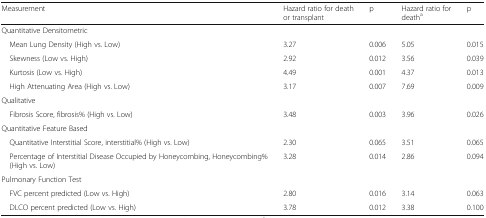
<table><thead><tr><td><b>Measurement</b></td><td><b>Hazard ratio for death or transplant</b></td><td><b>p</b></td><td><b>Hazard ratio for death<sup>a</sup></b></td><td><b>p</b></td></tr></thead><tbody><tr><td colspan="5">Quantitative Densitometric</td></tr><tr><td> Mean Lung Density (High vs. Low)</td><td>3.27</td><td>0.006</td><td>5.05</td><td>0.015</td></tr><tr><td> Skewness (Low vs. High)</td><td>2.92</td><td>0.012</td><td>3.56</td><td>0.039</td></tr><tr><td> Kurtosis (Low vs. High)</td><td>4.49</td><td>0.001</td><td>4.37</td><td>0.013</td></tr><tr><td> High Attenuating Area (High vs. Low)</td><td>3.17</td><td>0.007</td><td>7.69</td><td>0.009</td></tr><tr><td colspan="5">Qualitative</td></tr><tr><td> Fibrosis Score, fibrosis% (High vs. Low)</td><td>3.48</td><td>0.003</td><td>3.96</td><td>0.026</td></tr><tr><td colspan="5">Quantitative Feature Based</td></tr><tr><td> Quantitative Interstitial Score, interstitial% (High vs. Low)</td><td>2.30</td><td>0.065</td><td>3.51</td><td>0.065</td></tr><tr><td> Percentage of Interstitial Disease Occupied by Honeycombing, Honeycombing% (High vs. Low)</td><td>3.28</td><td>0.014</td><td>2.86</td><td>0.094</td></tr><tr><td colspan="5">Pulmonary Function Test</td></tr><tr><td> FVC percent predicted (Low vs. High)</td><td>2.80</td><td>0.016</td><td>3.14</td><td>0.063</td></tr><tr><td> DLCO percent predicted (Low vs. High)</td><td>3.78</td><td>0.012</td><td>3.38</td><td>0.100</td></tr></tbody></table>